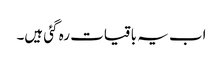
اب یہ باقیات رہ گئی ہیں۔